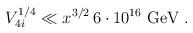
LaTeX: \begin{align*}V_{4i}^{1/4}\ll x^{3/2}\, 6\cdot 10^{16}\mbox{ GeV}\; .\end{align*}